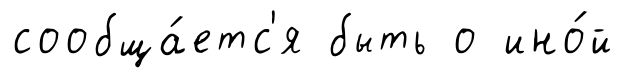
сообща́етс'я быть о ино́й